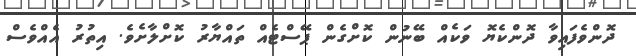
ދޮންވެފައިވާ ދޮންކެޔޮ ވަކެއް ބޭނުން ކޮށްގެން ޕޭސްޓެއް ތައްޔާރު ކޮށްލާށެވެ. އިތުރު އެއްވެސް